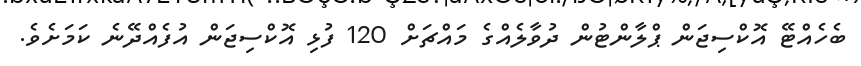
ބެހެއްޓޭ އޮކްސިޖަން ޕްލާންޓުން ދުވާލެއްގެ މައްޗަށް 120 ފުޅި އޮކްސިޖަން އުފެއްދޭނެ ކަމަށެވެ.